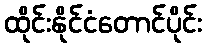
ထိုင်းနိုင်ငံတောင်ပိုင်း